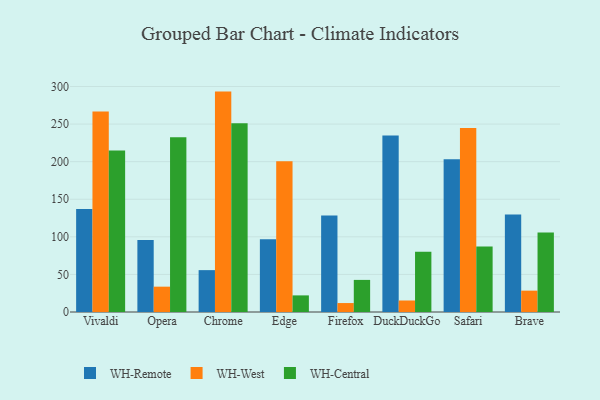
{"axis": {"x": "Browser", "y": "Bounce Rate (%)"}, "legend": ["WH-Central", "WH-Remote", "WH-West"], "data": [{"x": "Vivaldi", "y": 136.9, "type": "WH-Remote"}, {"x": "Vivaldi", "y": 266.8, "type": "WH-West"}, {"x": "Vivaldi", "y": 214.7, "type": "WH-Central"}, {"x": "Opera", "y": 95.9, "type": "WH-Remote"}, {"x": "Opera", "y": 33.7, "type": "WH-West"}, {"x": "Opera", "y": 232.6, "type": "WH-Central"}, {"x": "Chrome", "y": 55.7, "type": "WH-Remote"}, {"x": "Chrome", "y": 293.2, "type": "WH-West"}, {"x": "Chrome", "y": 251.0, "type": "WH-Central"}, {"x": "Edge", "y": 96.9, "type": "WH-Remote"}, {"x": "Edge", "y": 200.5, "type": "WH-West"}, {"x": "Edge", "y": 22.1, "type": "WH-Central"}, {"x": "Firefox", "y": 128.3, "type": "WH-Remote"}, {"x": "Firefox", "y": 11.9, "type": "WH-West"}, {"x": "Firefox", "y": 42.7, "type": "WH-Central"}, {"x": "DuckDuckGo", "y": 234.8, "type": "WH-Remote"}, {"x": "DuckDuckGo", "y": 15.3, "type": "WH-West"}, {"x": "DuckDuckGo", "y": 80.2, "type": "WH-Central"}, {"x": "Safari", "y": 203.2, "type": "WH-Remote"}, {"x": "Safari", "y": 244.8, "type": "WH-West"}, {"x": "Safari", "y": 87.2, "type": "WH-Central"}, {"x": "Brave", "y": 129.6, "type": "WH-Remote"}, {"x": "Brave", "y": 28.4, "type": "WH-West"}, {"x": "Brave", "y": 105.6, "type": "WH-Central"}]}